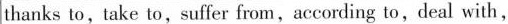
thanks to , take to , suffer from , according to , deal with,